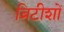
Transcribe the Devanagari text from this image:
ब्रिटीशों